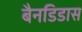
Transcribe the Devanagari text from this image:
बैनडिडास